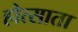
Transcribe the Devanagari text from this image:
होत्साता